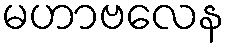
မဟာဗလေန